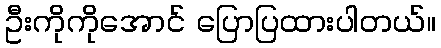
ဦးကိုကိုအောင် ပြောပြထားပါတယ်။